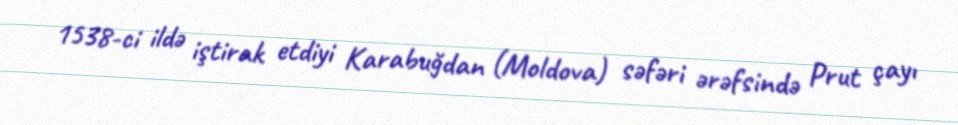
1538-ci ildə iştirak etdiyi Karabuğdan (Moldova) səfəri ərəfsində Prut çayı